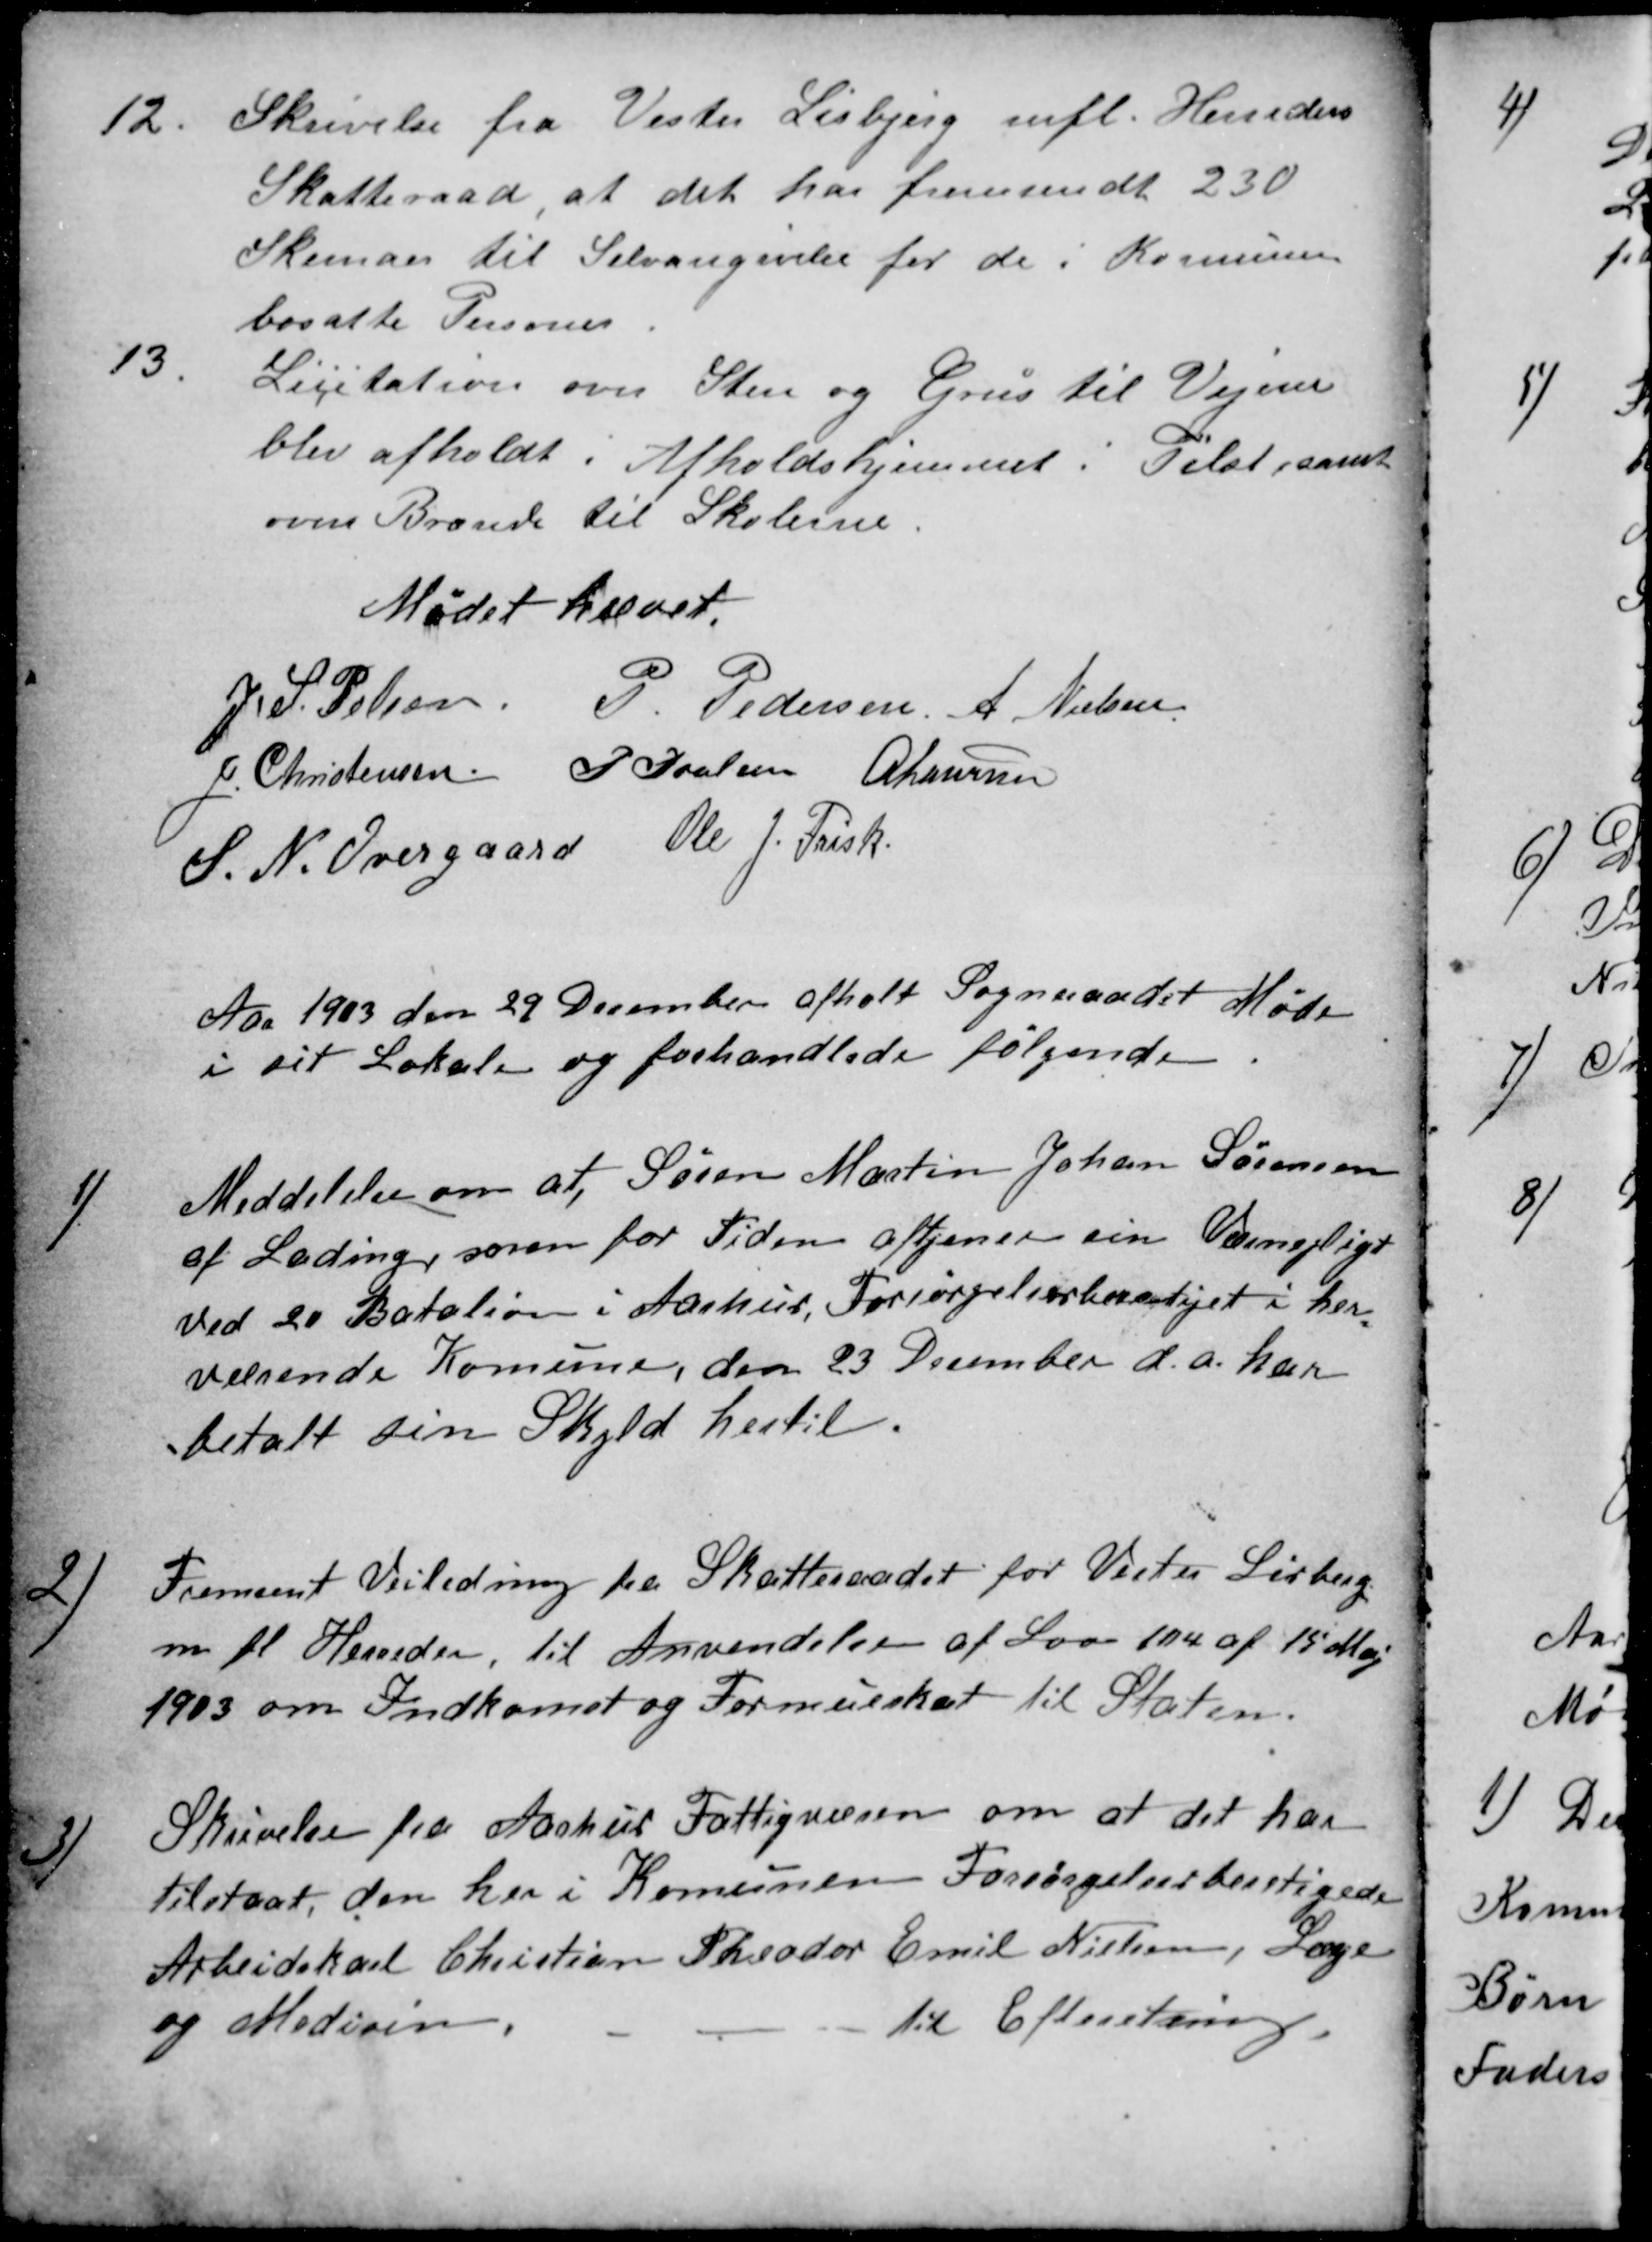
Transskription:
12
Skrivelse fra Vester Lisbjerg mfl. Herreders
Skatteraad, at det har fremsendt 230
Skemaer til Selvangivelse for de i Komunen
bosatte Personer
13
Licitation over Sten og Grus til Vejene
blev afholdt i Afholdshjemmet: Tilst, samt
over Brænde til Skolerne.
Mødet hævet.
J. S. Pelsen
P Pedersen A Nielsen
J. Christensen P Poulsen A Laursen
S. N. Overgaard Ole J. Frisk
Aar 1903 den 29 December afholt Sogneraadet Møde
i sit Lokale og forhandlede følgende
1)
Meddelelse om at Søren Martin Johan Sørensen
af Lading, som for Tiden aftjener sin Værnepligt
ved 20 Batalion i Aarhus, Forsørgelsesberettiget i her-
værende Komune, den 23 December d. a. har
betalt sin Skyld hertil.
2)
Fremsent Veiledning fra Skatteraadet for Vester Lisberg
m fl Herreder, til Anvendelse af Lov 104 af 15 Maj
1903 om Indkomst og Formueskat til Staten.
3)
Skrivelse fra Aarhus Fattigvæsen om at det har
tilstaaet, den her i Komunen Forsørgelsesberetigede
Arbeidskarl Christian Theodor Emil Nielsen, Læge
og Medicin.
til Efterretning.